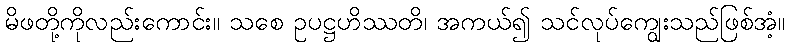
မိဖတို့ကိုလည်းကောင်း။ သစေ ဥပဋ္ဌဟိဿတိ၊ အကယ်၍ သင်လုပ်ကျွေးသည်ဖြစ်အံ့။